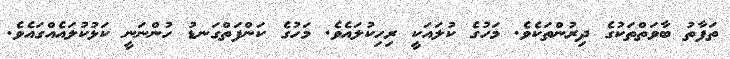
ތަފާތު ބާވަތްތަކުގެ ދިރުންތަކެވެ. މަހުގެ ކުލައަކީ ރިހިކުލައެވެ. މަހުގެ ކަންފަތްގަނޑު ހުންނަނީ ކަޅުކުލައެއްގައެވެ.